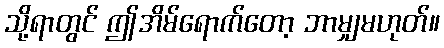
သို့ရာတွင် ဤအိမ်ရောက်တော့ ဘာမျှမဟုတ်။